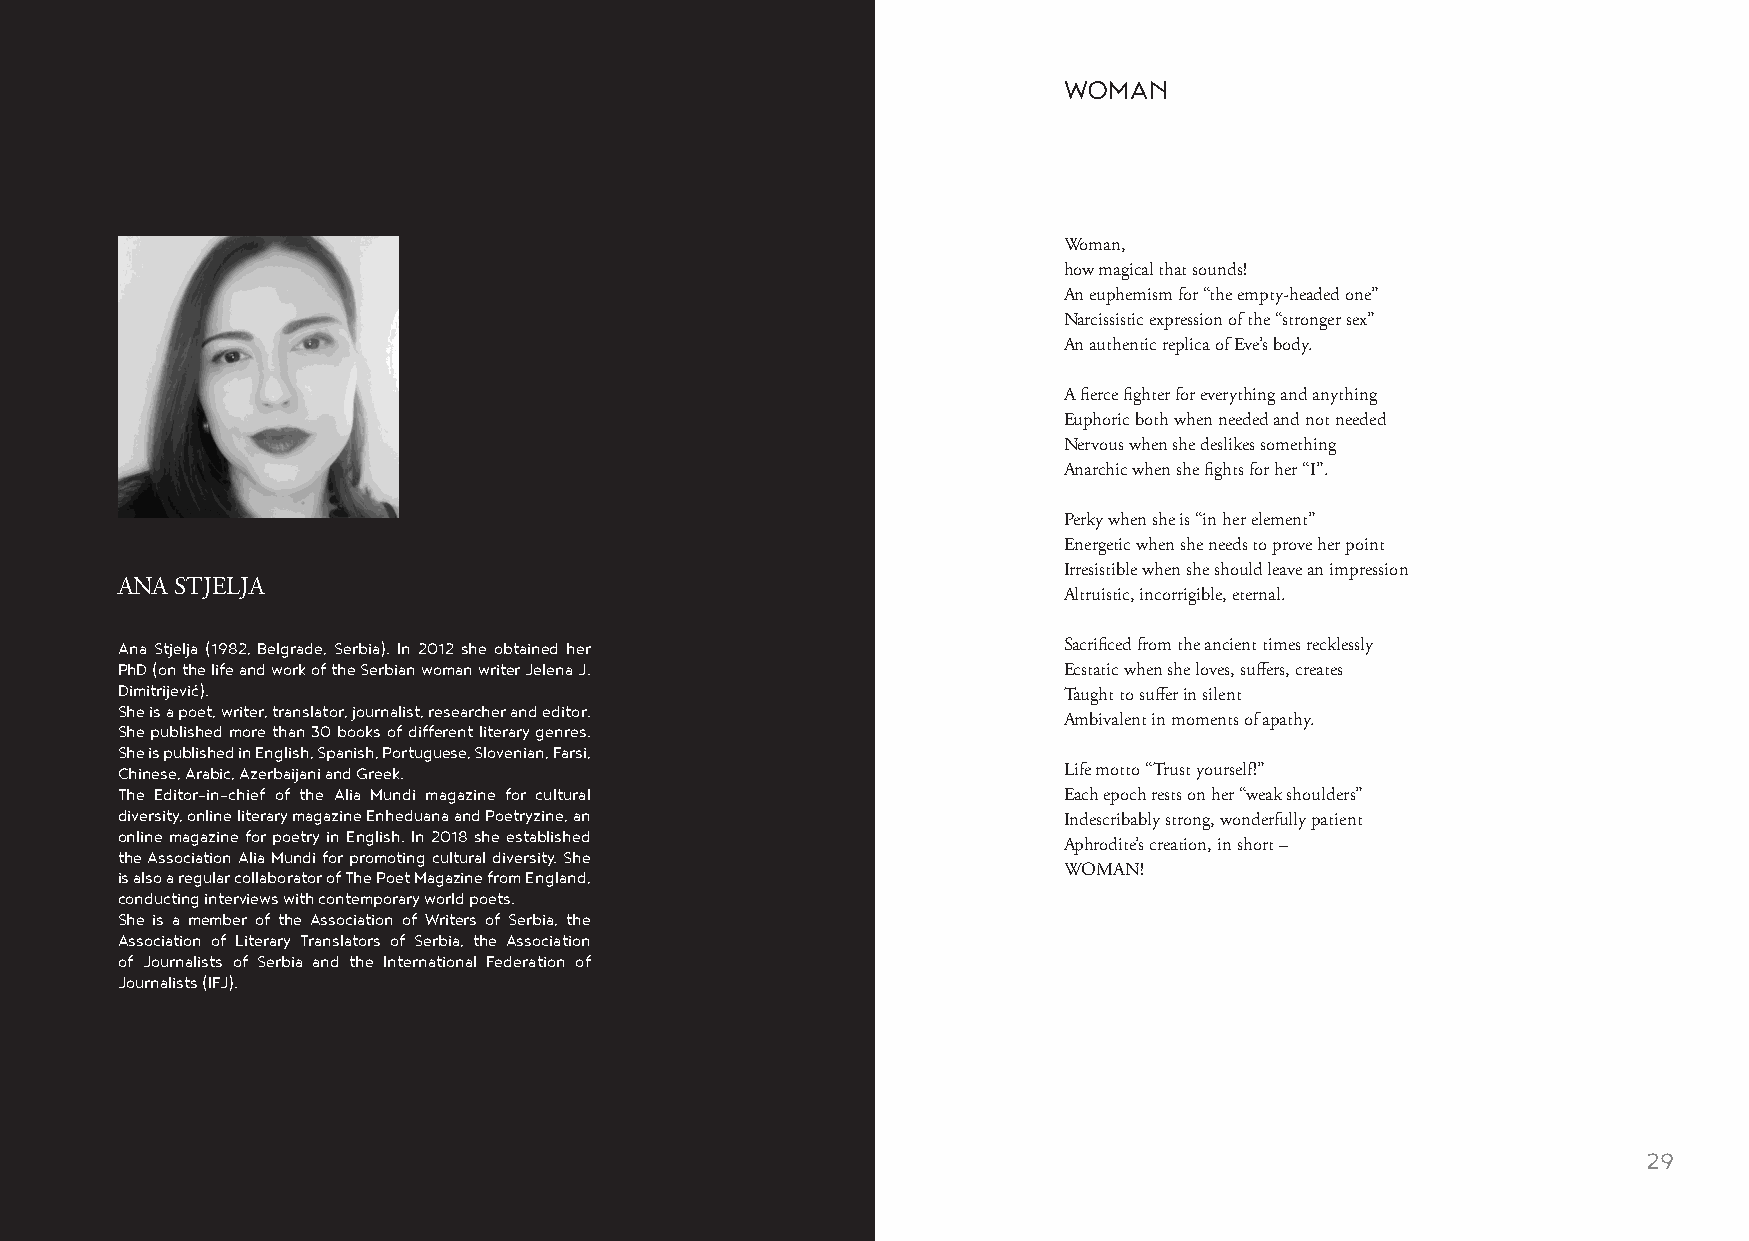
WOMAN
 Woman,
 how magical that sounds!
 An euphemism for “the empty-headed one”
 Narcissistic expression of the “stronger sex”
 An authentic replica of Eve’s body.
 A fierce fighter for everything and anything
 Euphoric both when needed and not needed
 Nervous when she deslikes something
 Anarchic when she fights for her “I”.
 Perky when she is “in her element”
 Energetic when she needs to prove her point
 Irresistible when she should leave an impression
 ANA STJELJA
 Altruistic, incorrigible, eternal.
 Ana Stjelja (1982, Belgrade, Serbia). In 2012 she obtained her Sacrificed from the ancient times recklessly
 PhD (on the life and work of the Serbian woman writer Jelena J. Ecstatic when she loves, suffers, creates
 Dimitrijević).
 Taught to suffer in silent
 She is a poet, writer, translator, journalist, researcher and editor.
 Ambivalent in moments of apathy.
 She published more than 30 books of different literary genres.
 She is published in English, Spanish, Portuguese, Slovenian, Farsi,
 Chinese, Arabic, Azerbaijani and Greek.                       Life motto “Trust yourself!”
 The Editor-in-chief of the Alia Mundi magazine for cultural   Each epoch rests on her “weak shoulders”
 diversity, online literary magazine Enheduana and Poetryzine, an
 Indescribably strong, wonderfully patient
 online magazine for poetry in English. In 2018 she established
 Aphrodite’s creation, in short –
 the Association Alia Mundi for promoting cultural diversity. She
 is also a regular collaborator of The Poet Magazine from England, WOMAN!
 conducting interviews with contemporary world poets.
 She is a member of the Association of Writers of Serbia, the
 Association of Literary Translators of Serbia, the Association
 of Journalists of Serbia and the International Federation of
 Journalists (IFJ).
 28                                                                                                      29